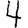
Digit: 4